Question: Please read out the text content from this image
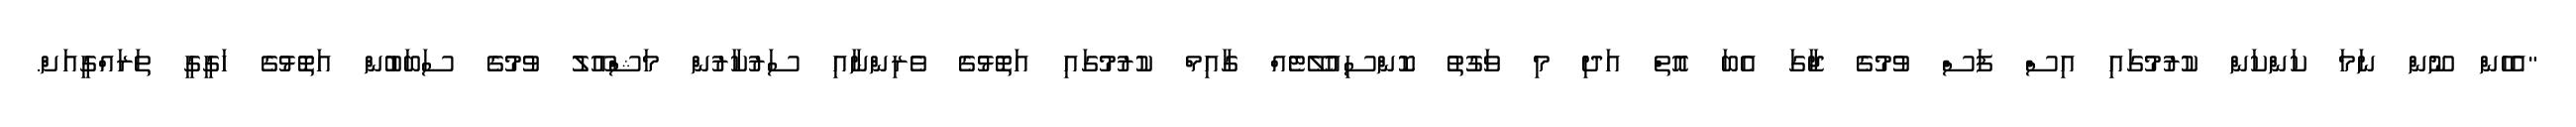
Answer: "އެހެން ނޫން ނަމަ ކަންކަން ކުރުމުގައި އިސް ފަސް ވުމުގެ ޖާގަ އެބަ އޮތް އަދި މި ވަގުތު ކޮންސިއުލޭޓެއް ގާއިމް ކުރުމުގައި އަތޮޅުގެ ވެރިންނާއި ސަރުކާރުން މަޝްއޫލު ވުމުގެ ސަބަބުން އަތޮޅުގެ ހަގީގީ ތަރައްގީއަށް.